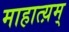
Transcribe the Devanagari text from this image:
माहात्य़म्